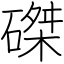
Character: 磔